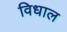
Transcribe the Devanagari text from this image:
विधाल